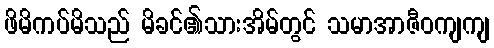
ဖိမိကပ်မိသည် မိခင်၏သားအိမ်တွင် သမာအာဇီဝကျကျ